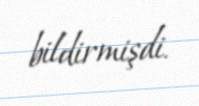
bildirmişdi.